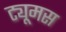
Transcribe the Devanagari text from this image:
ट्यूमस